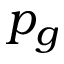
p _ { g }